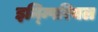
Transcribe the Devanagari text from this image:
इन्म्पिरियल